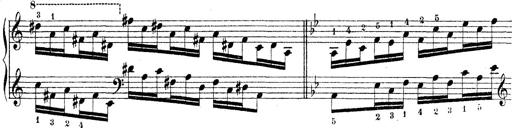
Title: Technische Studien
Composer: Franz Liszt